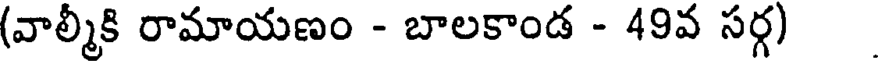
(వాల్మీకి రామాయణం - బాలకాండ - 49వ సర్గ)